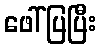
ဖေါ်ပြပြီး